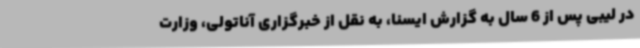
در لیبی پس از 6 سال به گزارش ایسنا، به نقل از خبرگزاری آناتولی، وزارت